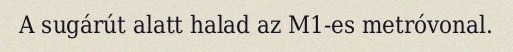
A sugárút alatt halad az M1-es metróvonal.